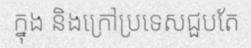
ក្នុង និងក្រៅប្រទេសជួបតែ